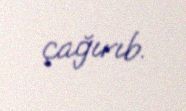
çağırıb.